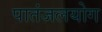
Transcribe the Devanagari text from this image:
पातंजलयोग